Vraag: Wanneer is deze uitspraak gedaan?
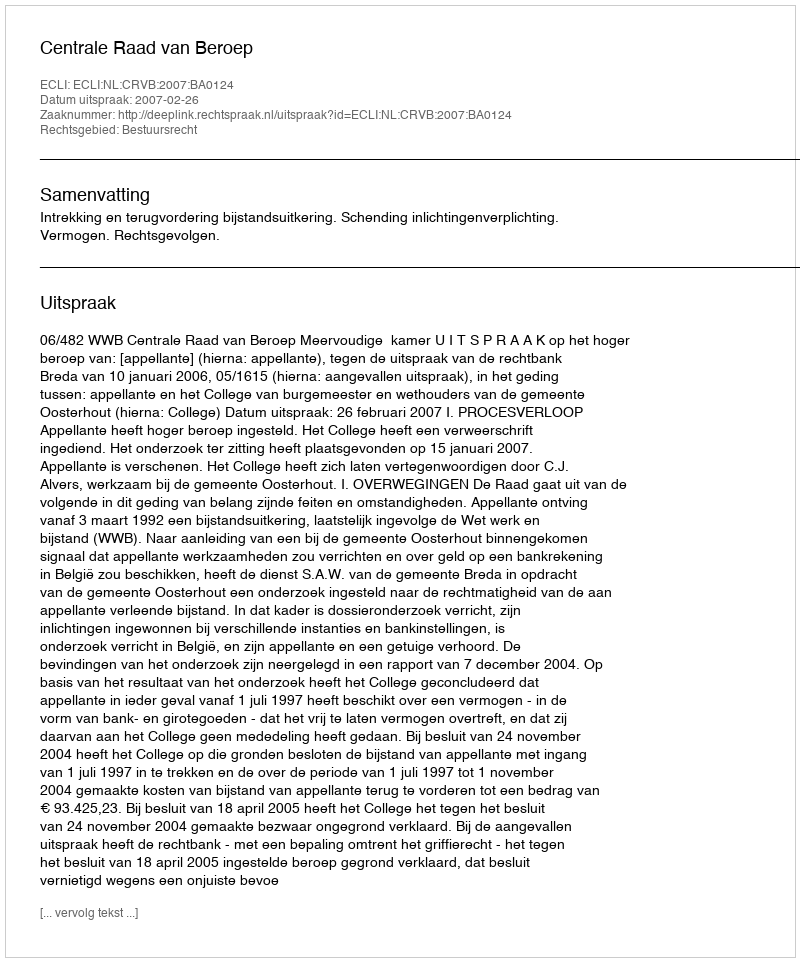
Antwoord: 2007-02-26